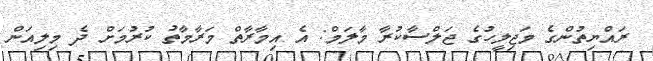
ރައްޔިތުންގެ މަޖިލީހުގެ ޖަލްސާކުރާ މާލަމް: އެ އިމާރާތް މަރާމާތު ކުރުމަށް ދެ މިލިއަން